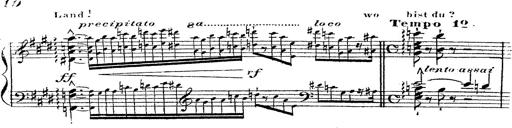
Title: 12 Lieder von Franz Schubert
Composer: Franz Liszt